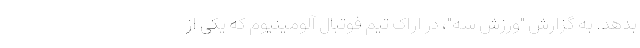
بدهد. به گزارش "ورزش سه"، در اراک تیم فوتبال آلومینیوم که یکی از